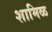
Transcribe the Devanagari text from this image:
शामिळ